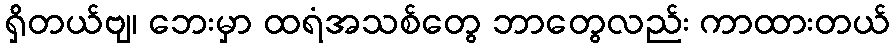
ရှိတယ်ဗျ၊ ဘေးမှာ ထရံအသစ်တွေ ဘာတွေလည်း ကာထားတယ်